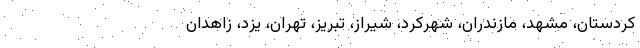
کردستان، مشهد، مازندران، شهرکرد، شیراز، تبریز، تهران، یزد، زاهدان